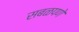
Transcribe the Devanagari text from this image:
सबळपणे